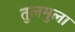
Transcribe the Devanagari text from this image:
तुलमुला